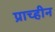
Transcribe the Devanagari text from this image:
प्राच्हीन